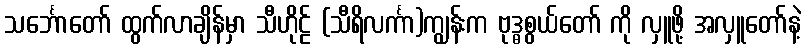
သင်္ဘောတော် ထွက်လာချိန်မှာ သီဟိုဠ် (သီရိလင်္ကာ)ကျွန်းက ဗုဒ္ဓစွယ်တော် ကို လှူဖို့ အလှူတော်နဲ့